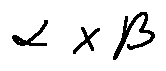
\alpha \times \beta